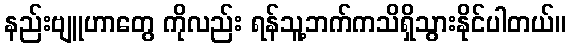
နည်းဗျူဟာတွေ ကိုလည်း ရန်သူ့ဘက်ကသိရှိသွားနိုင်ပါတယ်။